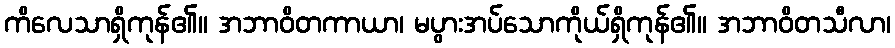
ကိလေသာရှိကုန်၏။ အဘာဝိတကာယာ၊ မပွားအပ်သောကိုယ်ရှိကုန်၏။ အဘာဝိတသီလာ၊